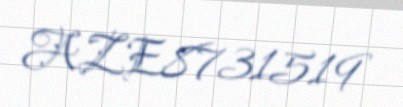
AZE8731519